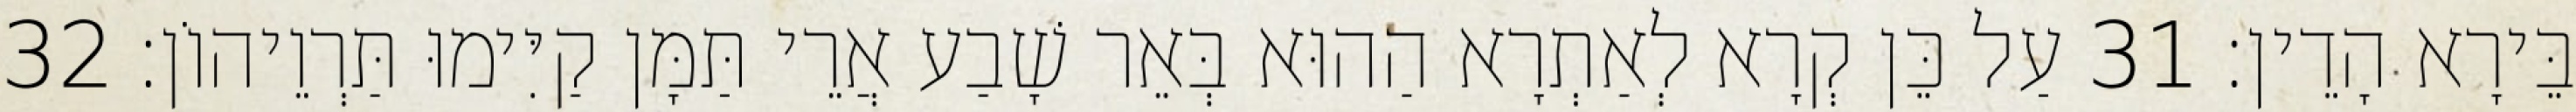
בֵּירָא הָדֵין׃ 31 עַל כֵּן קְרָא לְאַתְרָא הַהוּא בְּאֵר שָׁבַע אֲרֵי תַּמָּן קַיִּימוּ תַּרְוֵיהוֹן׃ 32